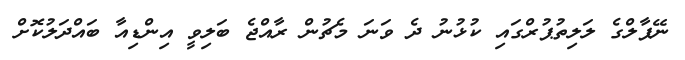
ނޭޕާލްގެ ލަލިތުޕުރްގައި ކުޅުނު ދެ ވަނަ މެޗުން ރާއްޖެ ބަލިވީ އިންޑިއާ ބައްދަލުކޮށް